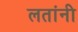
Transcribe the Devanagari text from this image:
लतांनी